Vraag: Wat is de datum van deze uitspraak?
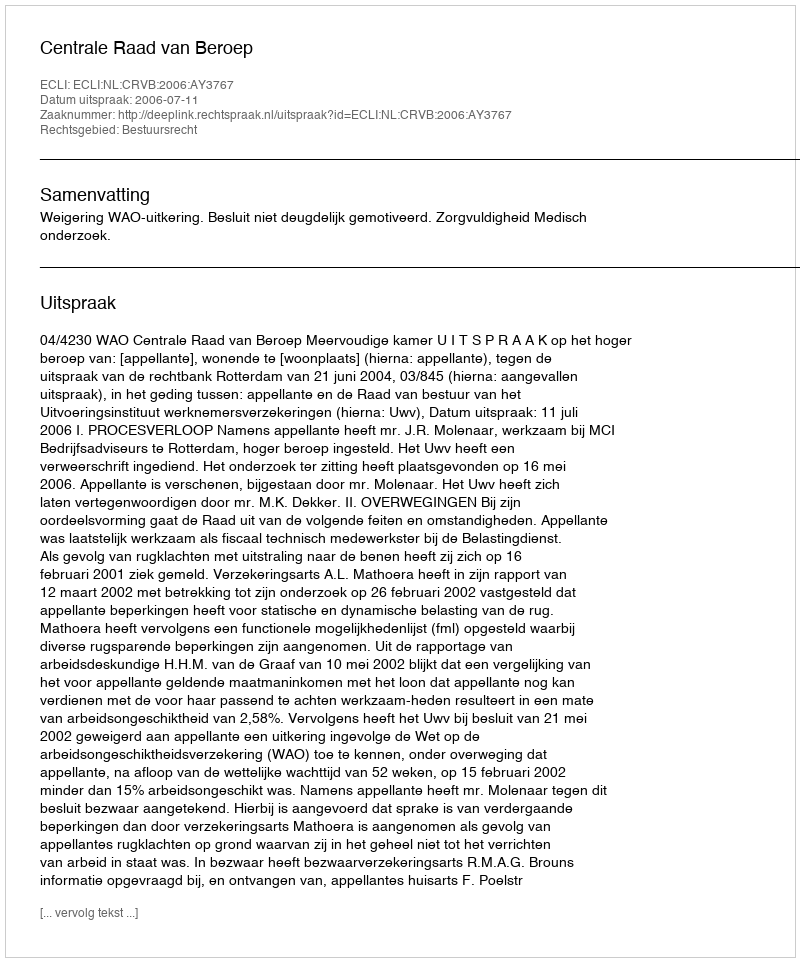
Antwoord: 2006-07-11